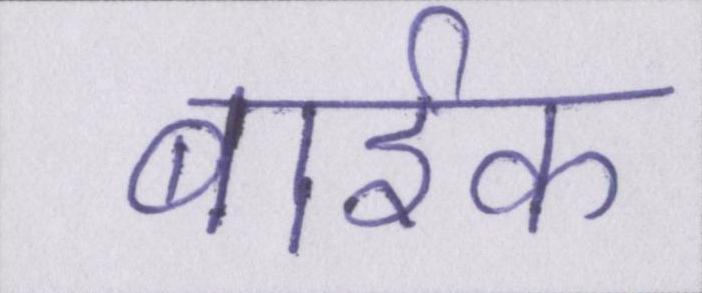
बार्इक